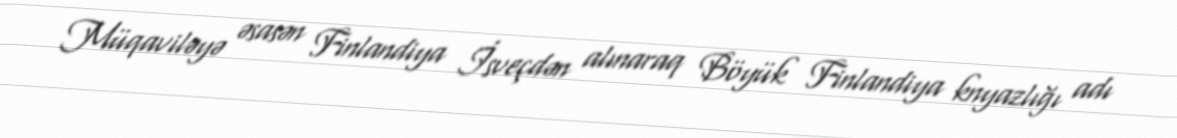
Müqaviləyə əsasən Finlandiya İsveçdən alınaraq Böyük Finlandiya knyazlığı adı